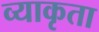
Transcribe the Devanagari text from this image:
व्याकृता